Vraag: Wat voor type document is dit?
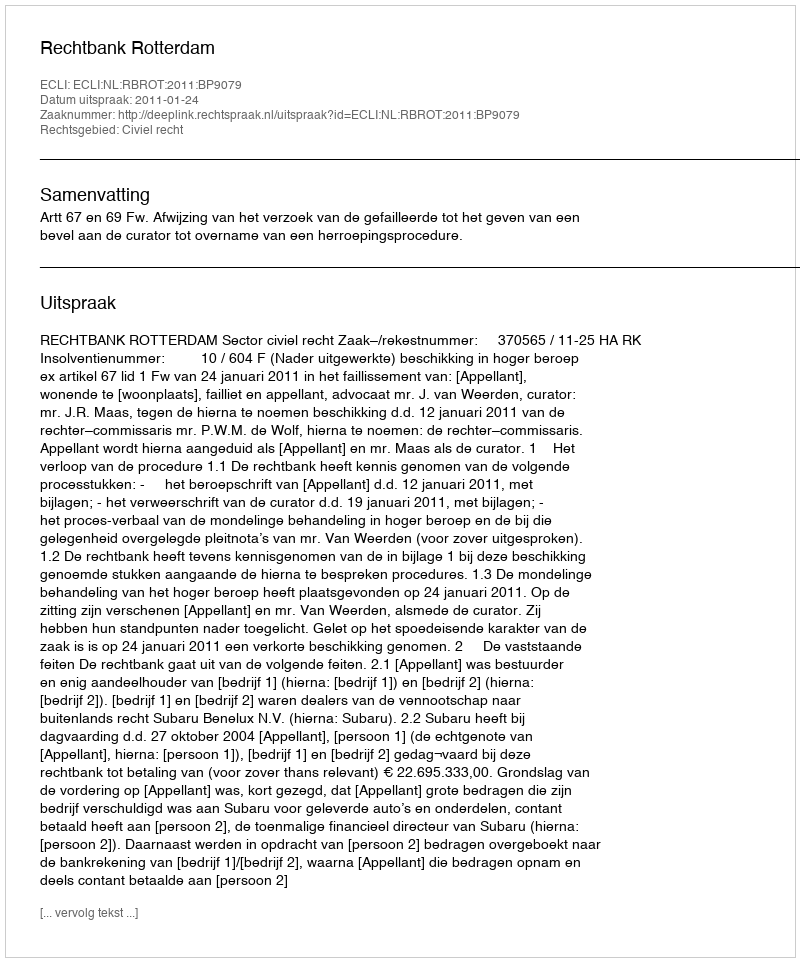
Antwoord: Uitspraak